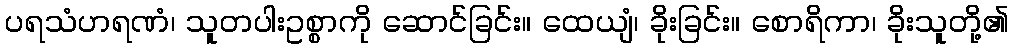
ပရသံဟရဏံ၊ သူတပါးဥစ္စာကို ဆောင်ခြင်း။ ထေယျံ၊ ခိုးခြင်း။ စောရိကာ၊ ခိုးသူတို့၏